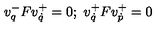
v _ { q } ^ { - } F v _ { \dot { q } } ^ { + } = 0 ; \ v _ { \dot { q } } ^ { + } F v _ { \dot { p } } ^ { + } = 0